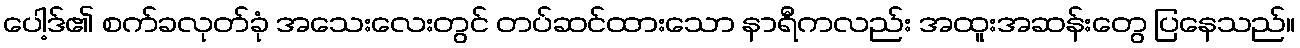
ပေါ့ဒ်၏ စက်ခလုတ်ခုံ အသေးလေးတွင် တပ်ဆင်ထားသော နာရီကလည်း အထူးအဆန်းတွေ ပြနေသည်။